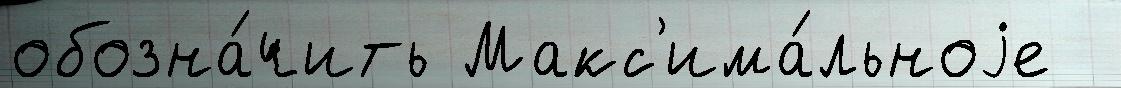
обозна́чить Макс'има́льноjе